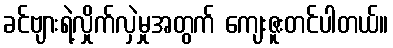
ခင်ဗျားရဲ့လှိုက်လှဲမှုအတွက် ကျေးဇူးတင်ပါတယ်။